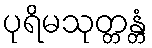
ပုရိမသုတ္တန္တံ